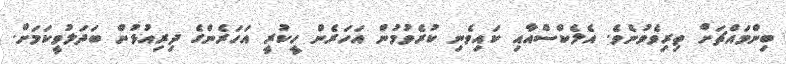
ބިންމައްޗަށް ތިރިވެވުނެވެ. އެލެކްސްއާއި ކައިވެނި ކުރެވުމުން އަހަރެން ހީކުރީ އަހަރެންގެ ދިރިއުޅުން ބަދަލުވީކަމަށް.